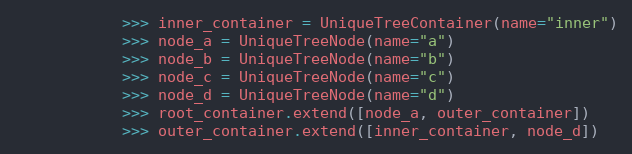
Language: Python
            >>> inner_container = UniqueTreeContainer(name="inner")
            >>> node_a = UniqueTreeNode(name="a")
            >>> node_b = UniqueTreeNode(name="b")
            >>> node_c = UniqueTreeNode(name="c")
            >>> node_d = UniqueTreeNode(name="d")
            >>> root_container.extend([node_a, outer_container])
            >>> outer_container.extend([inner_container, node_d])